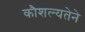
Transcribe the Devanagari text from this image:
कौशल्यतेने